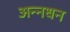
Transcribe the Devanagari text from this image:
अन्‍नधन